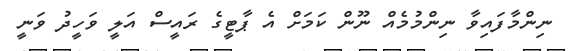
ނިންމާފައިވާ ނިންމުމެއް ނޫން ކަމަށް އެ ޕާޓީގެ ރައީސް އަލީ ވަހީދު ވަނީ